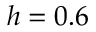
h = 0 . 6